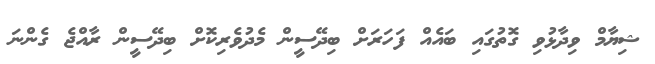
ޝިޔާމް ވިދާޅުވި ގޮތުގައި ބައެއް ފަހަރަށް ބިދޭސީން މެދުވެރިކޮށް ބިދޭސީން ރާއްޖެ ގެންނަ